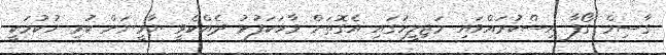
ގާސިމް ގޯފާ އިސްކުރައްވައި މަޖިލީހުގައި އެގޮތަށް ވާހަކަފުޅު ދެއްކެވީ ޔާމީނަށް ކުރި ހުކުމަކީ